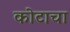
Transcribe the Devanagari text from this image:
कोटाचा